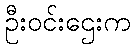
ဦးဝင်းဌေးက